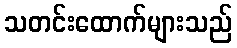
သတင်းထောက်များသည်